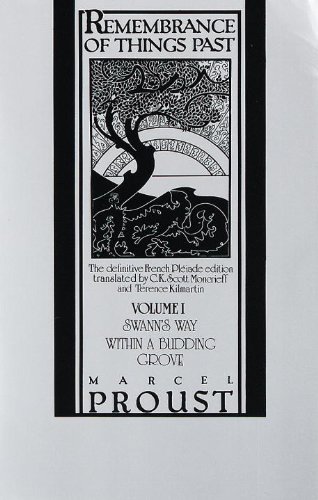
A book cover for Remembrance of Things Past: Volume I - Swann's Way & Within a Budding Grove (Vintage); Marcel Proust; Comics & Graphic Novels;